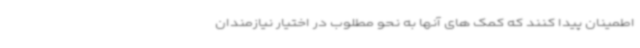
اطمینان پیدا کنند که کمک های آنها به نحو مطلوب در اختیار نیازمندان